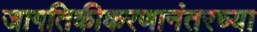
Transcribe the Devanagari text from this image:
जागतिकीकरणानंतरच्या